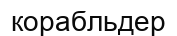
корабльдер